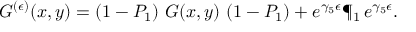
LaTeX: G ^ { ( \epsilon ) } ( x , y ) = ( 1 - P _ { 1 } ) \ { \cal G } ( x , y ) \ ( 1 - P _ { 1 } ) + e ^ { \gamma _ { 5 } \epsilon } \P _ { 1 } \, e ^ { \gamma _ { 5 } \epsilon } .